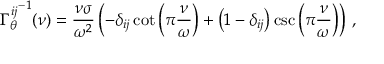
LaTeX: { \Gamma _ { \theta } ^ { i j } } ^ { - 1 } ( \nu ) = \frac { \nu \sigma } { \omega ^ { 2 } } \left( - \delta _ { i j } \cot \left( \pi \frac { \nu } { \omega } \right) + \left( 1 - \delta _ { i j } \right) \csc \left( \pi \frac { \nu } { \omega } \right) \right) \, ,